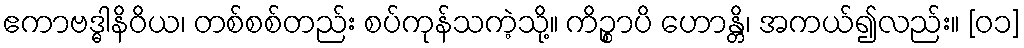
ဧကာဗဒ္ဓါနိဝိယ၊ တစ်စစ်တည်း စပ်ကုန်သကဲ့သို့။ ကိဉ္စာပိ ဟောန္တိ၊ အကယ်၍လည်း။ [၀၁]